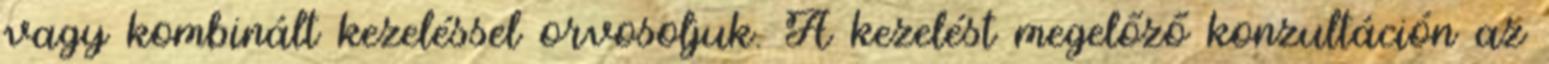
vagy kombinált kezeléssel orvosoljuk. A kezelést megelőző konzultáción az